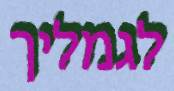
לגמליך